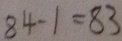
8 4 - 1 = 8 3